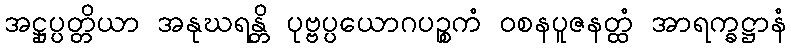
အဋ္ဌုပ္ပတ္တိယာ အနုဃရန္တိ ပုဗ္ဗပ္ပယောဂပဉ္စကံ ဝစနပူဇနတ္ထံ အာရက္ခဋ္ဌာနံ